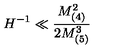
H ^ { - 1 } \ll \frac { M _ { ( 4 ) } ^ { 2 } } { 2 M _ { ( 5 ) } ^ { 3 } }